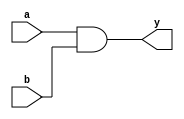
module delay_example (
    input wire a,
    input wire b,
    output reg y
);
    always @(*) begin
        // Blocking assignment with a delay of 5 time units
        #5 y = a & b;  // AND operation with a delay
    end
endmodule